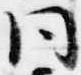
同